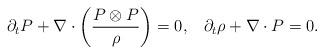
LaTeX: \begin{align*}\partial_t P+\nabla\cdot\left(\frac{P\otimes P}{\rho}\right)=0,\;\;\;\partial_t\rho+\nabla\cdot P=0.\end{align*}